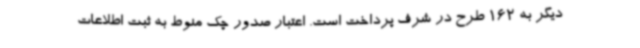
دیگر به 162 طرح در شرف پرداخت است. اعتبار صدور چک منوط به ثبت اطلاعات